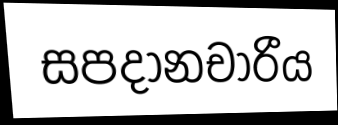
සපදානචාරීය